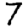
Digit: 7